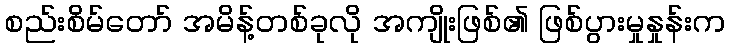
စည်းစိမ်တော် အမိန့်တစ်ခုလို အကျိုးဖြစ်၏ ဖြစ်ပွားမှုနှုန်းက